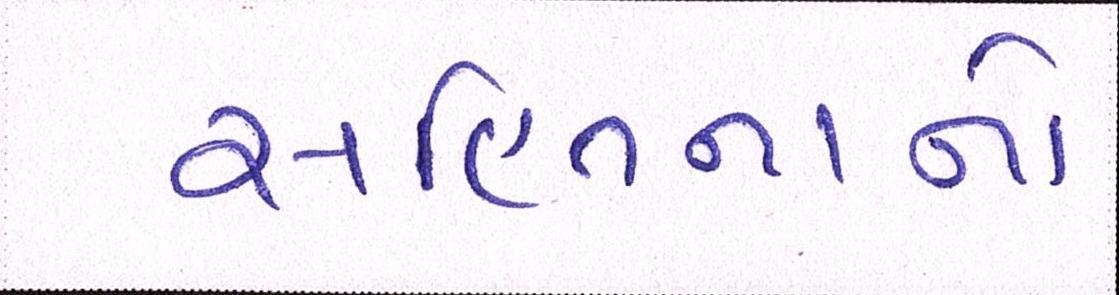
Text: સહિતનાનો